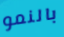
بالنمو